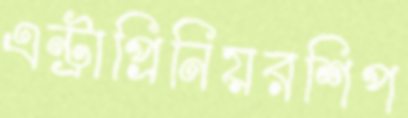
এন্ট্রাপ্রিনিয়রশিপ